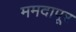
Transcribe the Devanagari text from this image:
ममदापूर